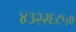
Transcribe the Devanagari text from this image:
४३२२६८५०